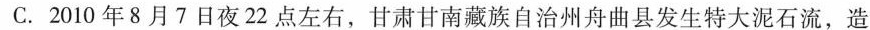
C.2010年8月7日夜22点左右，甘肃甘南藏族自治州舟曲县发生特大泥石流，造